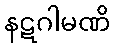
နဋဂါမဏိ